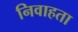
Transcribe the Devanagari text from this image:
निवाहता